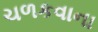
ચળકવાના